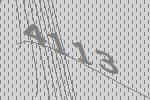
4113